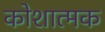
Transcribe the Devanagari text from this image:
कोशात्मक